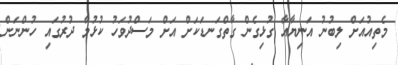
މެތިއުއަށް ލިބުނު އަނިޔާއާ ގުޅިގެން ގާތްގަނޑަކަށް އަށް މަސްދުވަހު ކުޅުމާ ދުރުގައި ހުންނަން